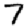
Digit: 7